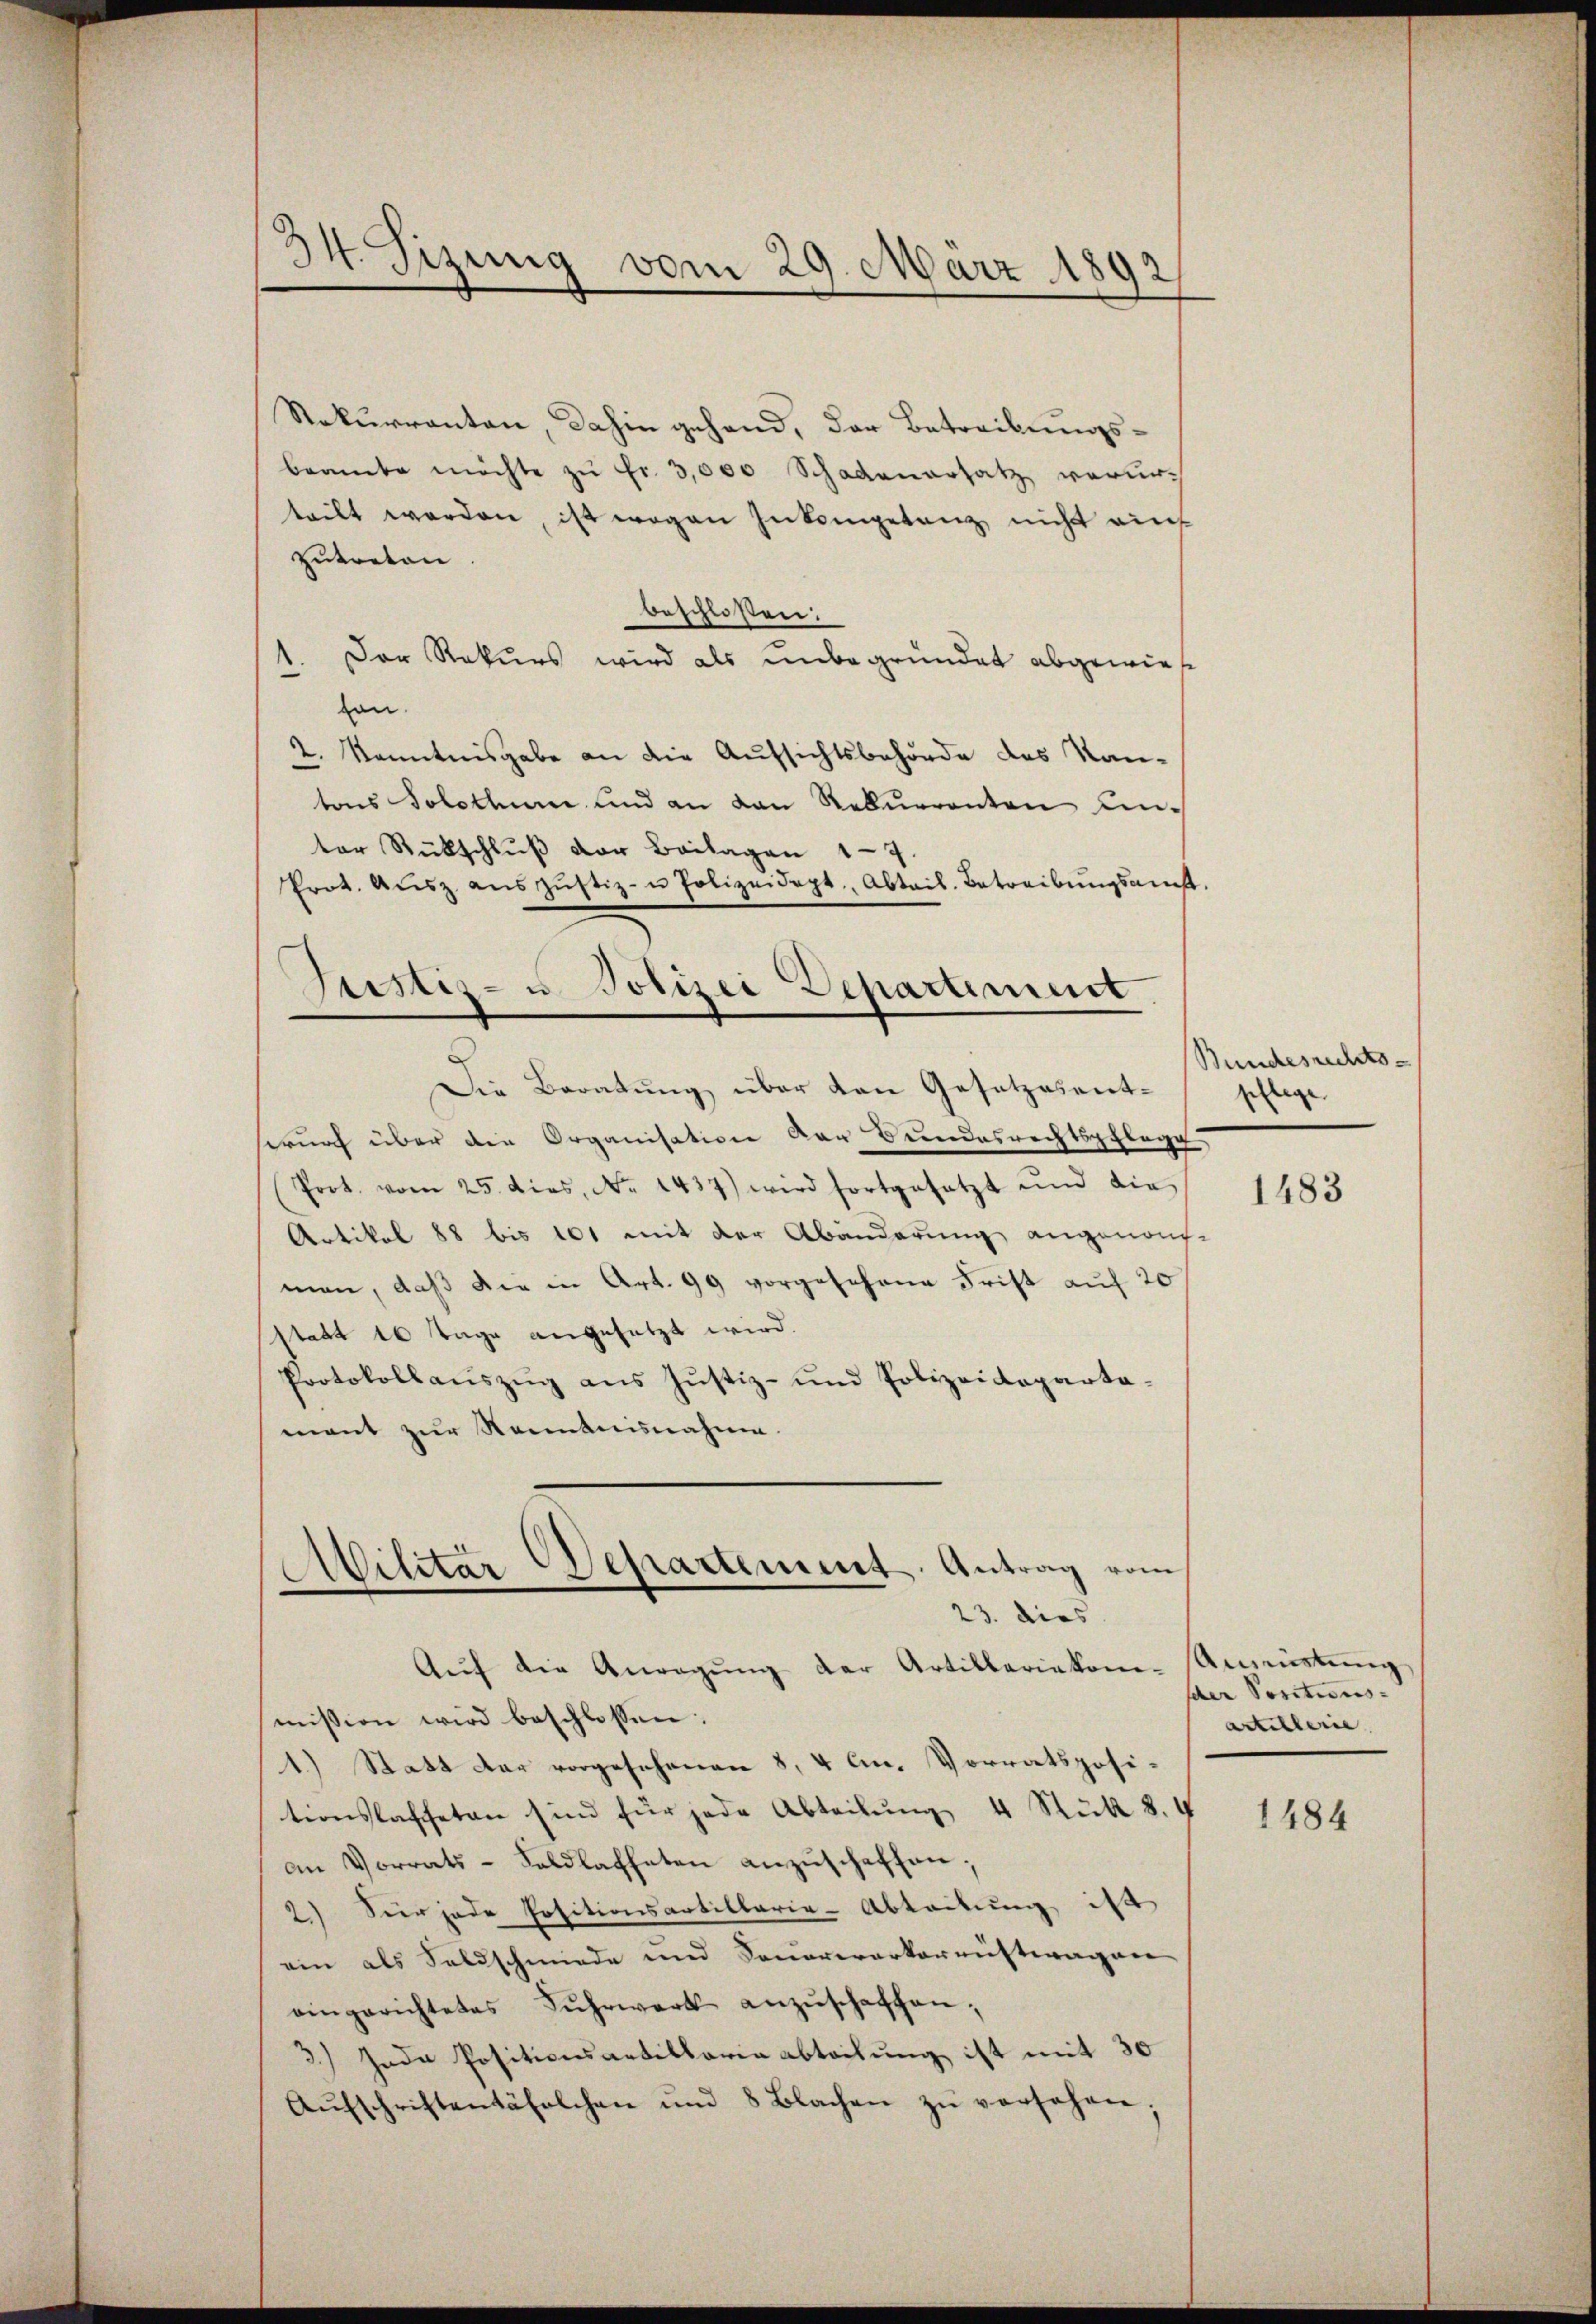
34. Sizung vom 29. März 1892

Rekurrenten, dahin gehand, der Betreibungsbeamte möchte zu Fr. 3,000 Schadenersatz verurteilt werden, ist wegen Inkompetenz nicht auch
zutreten
beschlossen:
Der Rekurs wird als unbegründet abgewie¬
.
von.
2. Kenntnisgabe an die Aufsichtsbehörde des Kan-
tons Solothur und an den Rekurrenten Anter Rückschluß der Beilagen 19
Prot. Aŭsz aŭszŭstiz- u Polizeidept, Abtail. Betreibŭngsamst.
Justiz- u Polizei Departement
Die Beratung über den Gesetzesentrurch über die Organisation der Bundesrechtspflege.
Prot. vom 25. dies, No. 1437) wird fortgesetzt und die
Artikel 88 bis 101 mit der Abänderung angenom-
man, daß die in Art. 99 vorgesehene Frist auf 20
statt 16 Tage angesetzt wird.
Protokollauszug aus Justiz- und Polizeidepartamant zur Nenntnisnahme.

Aŭf die Anregŭng der Artillariekon-
mission wird beschlossen:
1.) Statt der vorgesehenen 8, 4 an. Vorratspositionslassetan sind für jede Abteilŭng 4 Stück 8.4
an Vorrats-Faldlaffeten anzuschaffen;
2) Sier jede Positionsartillaria-Abtretung ist
ein als Feldschmiede und Sauerererkorauftragen
eingerichtetes Fuhrwerk anzŭschaffen;
3) Jede Positionsartillaria Abteilung ist mit 30
Aŭfschriftentäfelchen und 8 Blachen zŭ versehen;

Militar Departement. Antrag vom
23. dies

Bundesrechts-
pflege

1483

Ausrüstung
scher Positions-
artelleine

1484